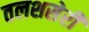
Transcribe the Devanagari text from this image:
तलशसेरी